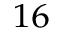
^ { 1 6 }